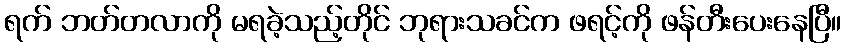
ရက် ဘတ်တလာကို မရခဲ့သည့်တိုင် ဘုရားသခင်က ဖရင့်ကို ဖန်တီးပေးနေပြီ။